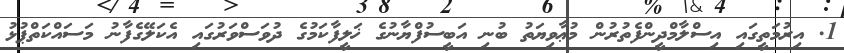
1. އިރުމަތީގައި އިސްލާމްދީންފެތުރުން މުޢާވިޔަތު ބުނި އަބީސުފްޔާނުގެ ޚަލީފާކަމުގެ ދުވަސްވަރުގައި އެކަލޭގެފާނު މަސައްކަތްޕުޅު